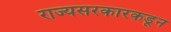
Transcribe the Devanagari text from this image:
राज्यसरकारकडून